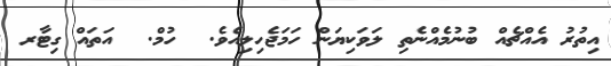
އިތުރު އެއްޗެއް ބުނުމެއްނެތި ލަވަކިޔަން ހަމަޖެހިލިއެވެ.  ހުމް.  އަތައް ގިޓާރ